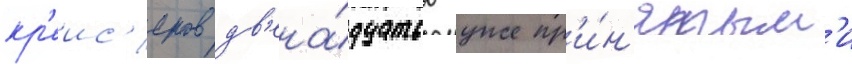
кр'еис'еров дв'ена́дцатью уже пр'и́н'ятым'и